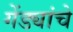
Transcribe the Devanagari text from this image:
गेंड्यांचे